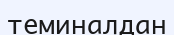
теминалдан